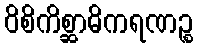
ဝိစိကိစ္ဆာဓိကရဏဉ္စ